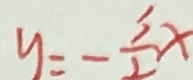
y = - \frac { 3 } { 2 } x